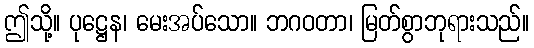
ဤသို့။ ပုဋ္ဌေန၊ မေးအပ်သော။ ဘဂဝတာ၊ မြတ်စွာဘုရားသည်။